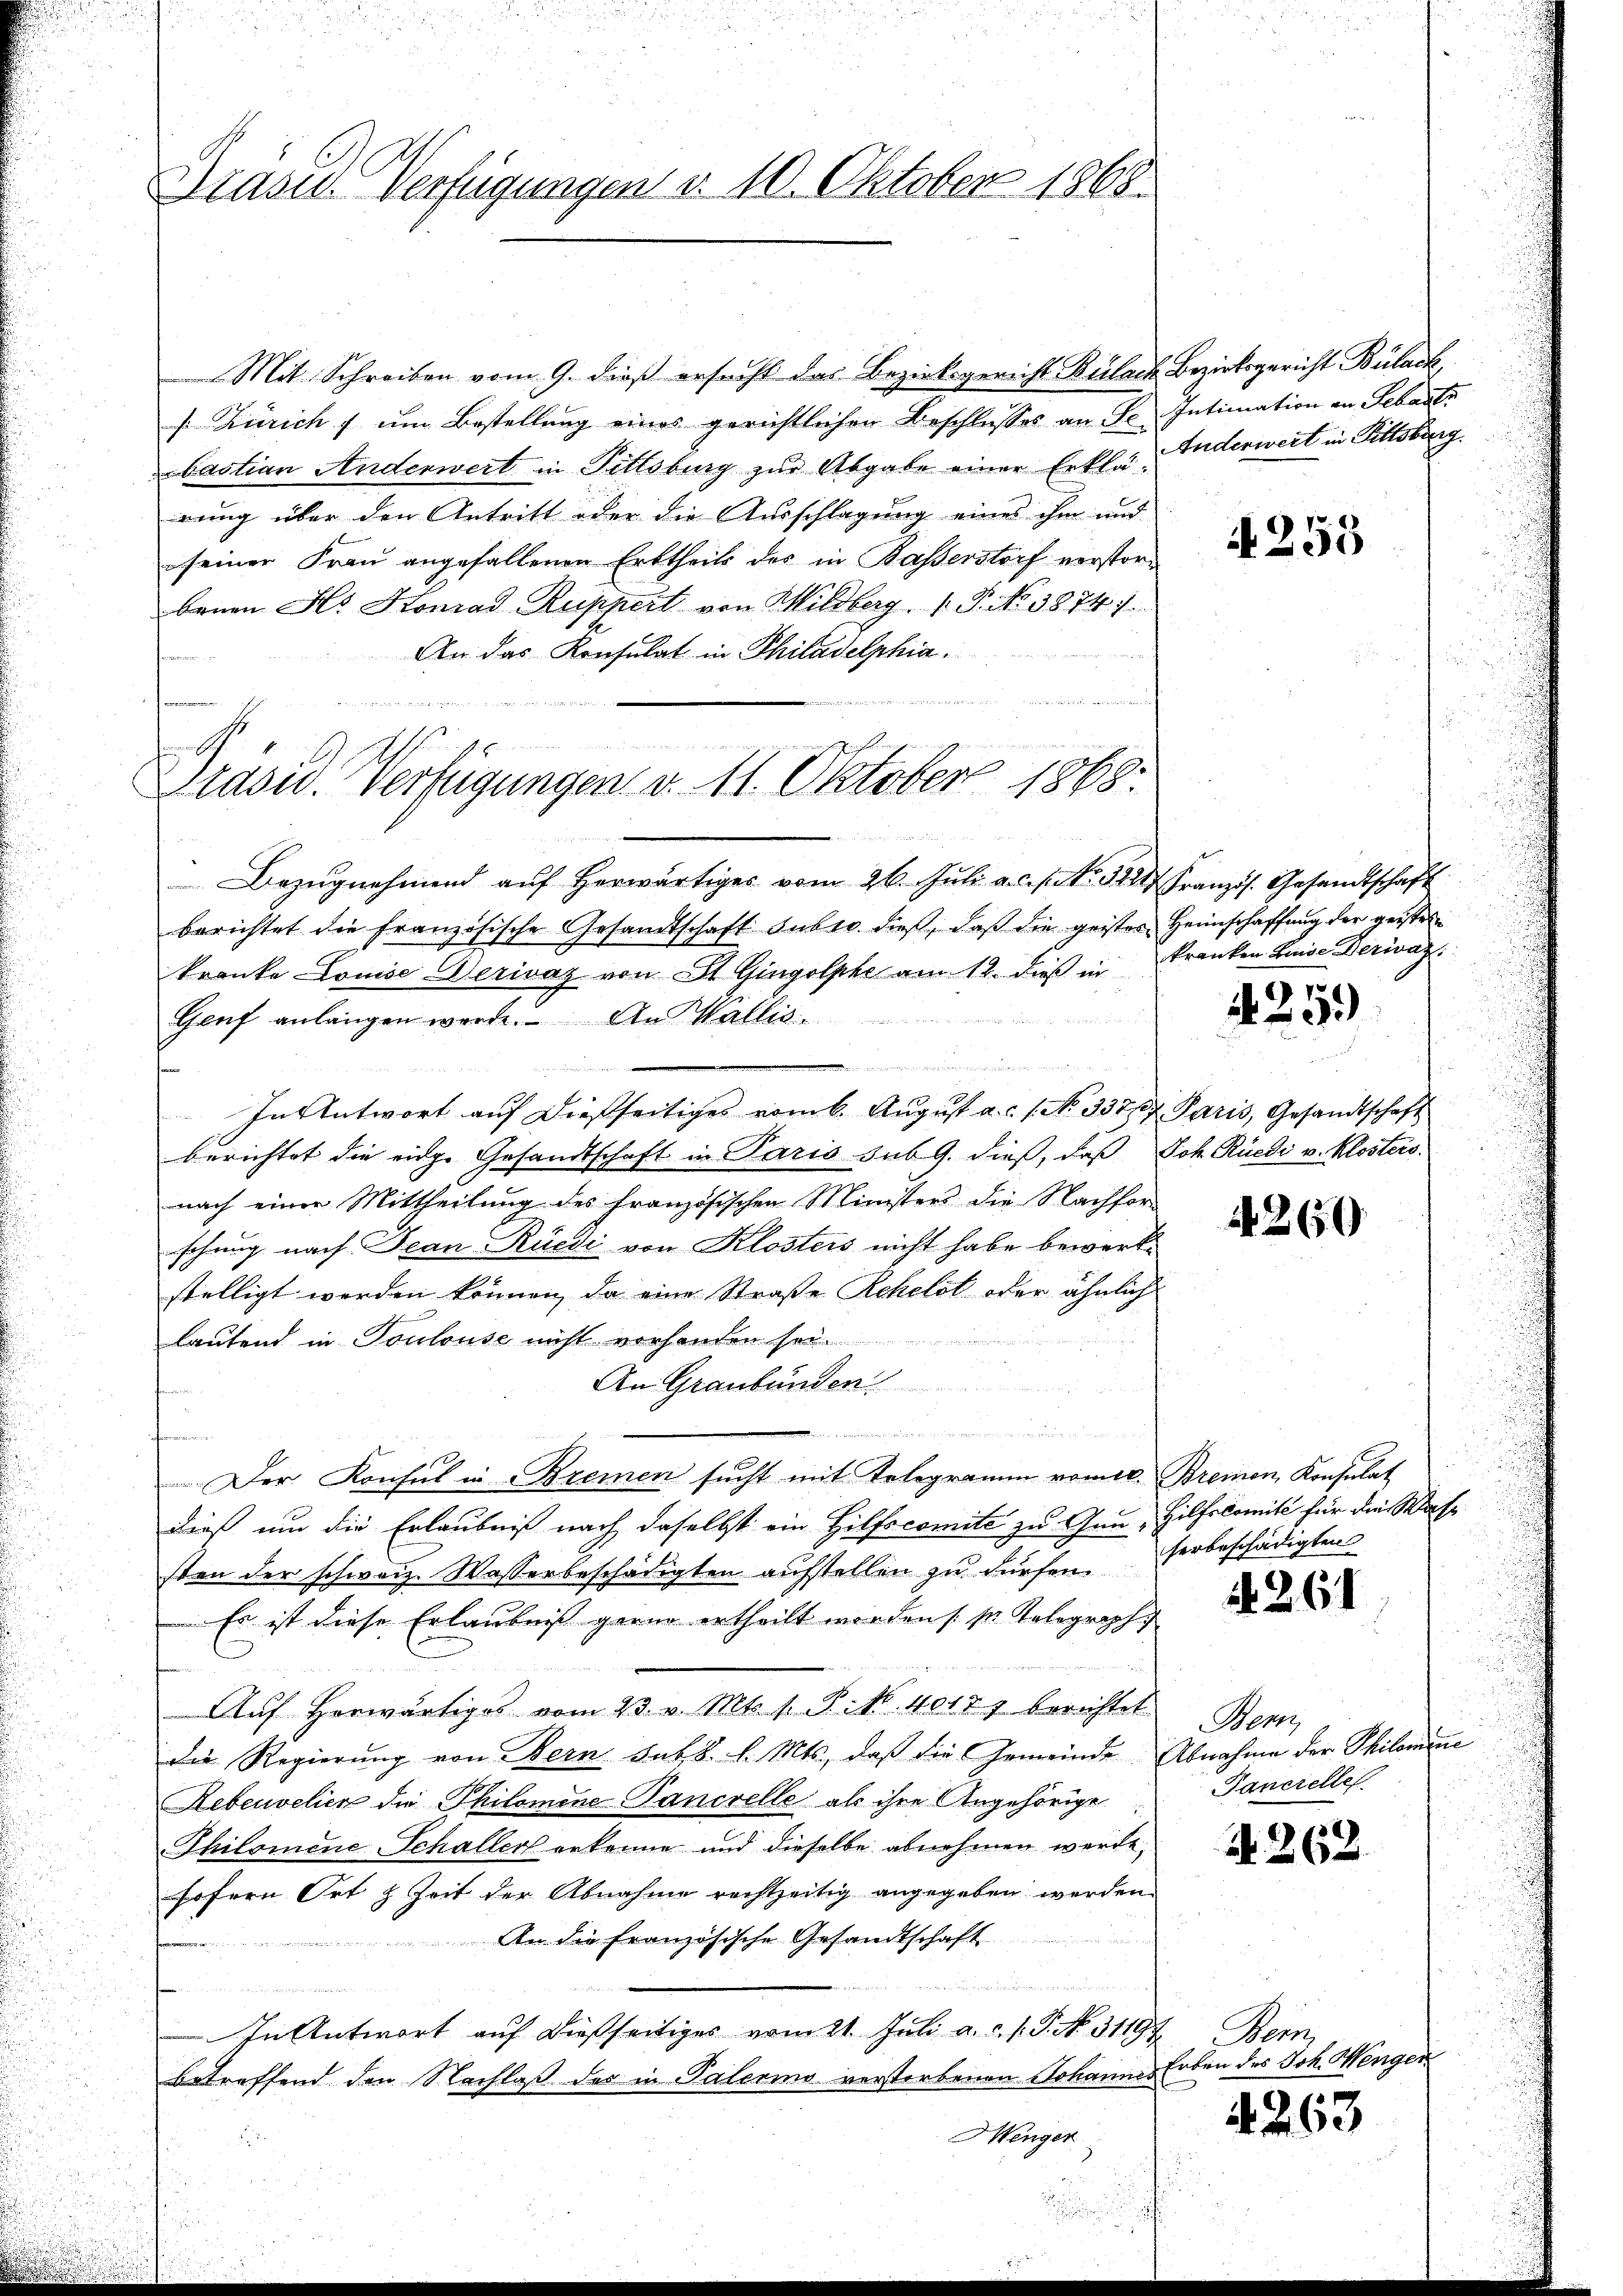
Drasus Verfügungen d. 10. Oktober 1868.

Mit Schreiben vom 9. dieß ersucht das Bezirksgericht Bülach Bezirksgericht Bülach,
[Zürich f um Bestellung eines gerichtlichen Beschlusses an Se. Intimation an Sebasti
bastian Anderwert in Pittsburg zur Abgabe einer Erklär, Anderweit in Pittsburg.
rung über den Antritt oder die Ausschlagung eines ihm und
seiner Frau angefallenen Erbtheils des in Kasserstorf verstorbenen Hs. Konrad Ruppert von Wildberg, 1. P. No 3874).
An das Konsulat in Philadelphia
h
ed der We
Präsid. Verfügungen v. 11. Oktober 1868.

n seinauswir
Bezŭgnehmend aŭf herwärtiges vom 26. Juli a. c.fr. 32 Französ. Gesandtschaft
berichtet die französische Gesandtschaft subro dieß, daβ die geister Heimschaffung der geister
kranke Louise Werivaz von St. Gingolphe am 12. dieß in
Genf anlangen werde. An Wallis.
In Antwort auf dießseitiges vom 6. August a. c. 1 No 337/7 Paris, Gesandtschaft
berichtet die eige Gesandtschaft in Paris sub 9. dieß, daß Joh. Rüedi v. Klostersnach einer Mittheilung des Französischen Ministers die Nachfor-
schung nach Jean Rüedi von Klosters nicht habe bewerkstelligt werden können, da eine Straße Rchelst oder ähnlich
lautend in Toulouse nicht vorhanden so
An Graubünden
 i e i n z, ich wie die
Der Konsul in Bremen sucht mit Telegramm vomtl. Bremen Konsulat
dieß um die Erlaubniß nach daselbst ein Hilfscomite zu Gan, Hilfskomite für die Wass
sten der schweiz. Wasserbeschädigten aufstellen zu dürfen.
 Es ist diese Erlaubniß gerne ertheilt worden /: M. Telegraph
Auf Horwärtiges vom 23. v. Mts. f. P. Nr. 40177 berichtet
die Regierŭng von Bern. Febr. l. Mts., daß die Gemeinde Abnahme der Philomine
Rebenvelier die Philomine Pancrelle als ihre Angehörige
Thilomine Schaller erkenne und dieselbe abnehmen werde,
sofern Ort & Zeit der Abnahme rechtzeitig angegeben werden.
An die Französische Gesandtschaft
.
u
In Antwort auf dießseitiges vom 21. Juli a.c. s. S. No. 31197
betreffend den Nachlaß der in Palerino verstorbenen Johannes Erben des Joh. Mengen
Henger
e

A 253

kranken Luise Verwag

425.

t

4260

herbeschädigten

§. 261

Bem
Pancielle

N 262.

Wern

4263